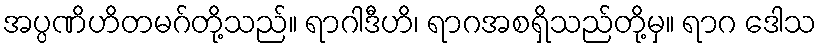
အပ္ပဏိဟိတမဂ်တို့သည်။ ရာဂါဒီဟိ၊ ရာဂအစရှိသည်တို့မှ။ ရာဂ ဒေါသ